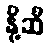
နို့ဆီ